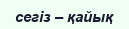
сегiз – қайық